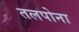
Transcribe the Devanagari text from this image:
तलपोना